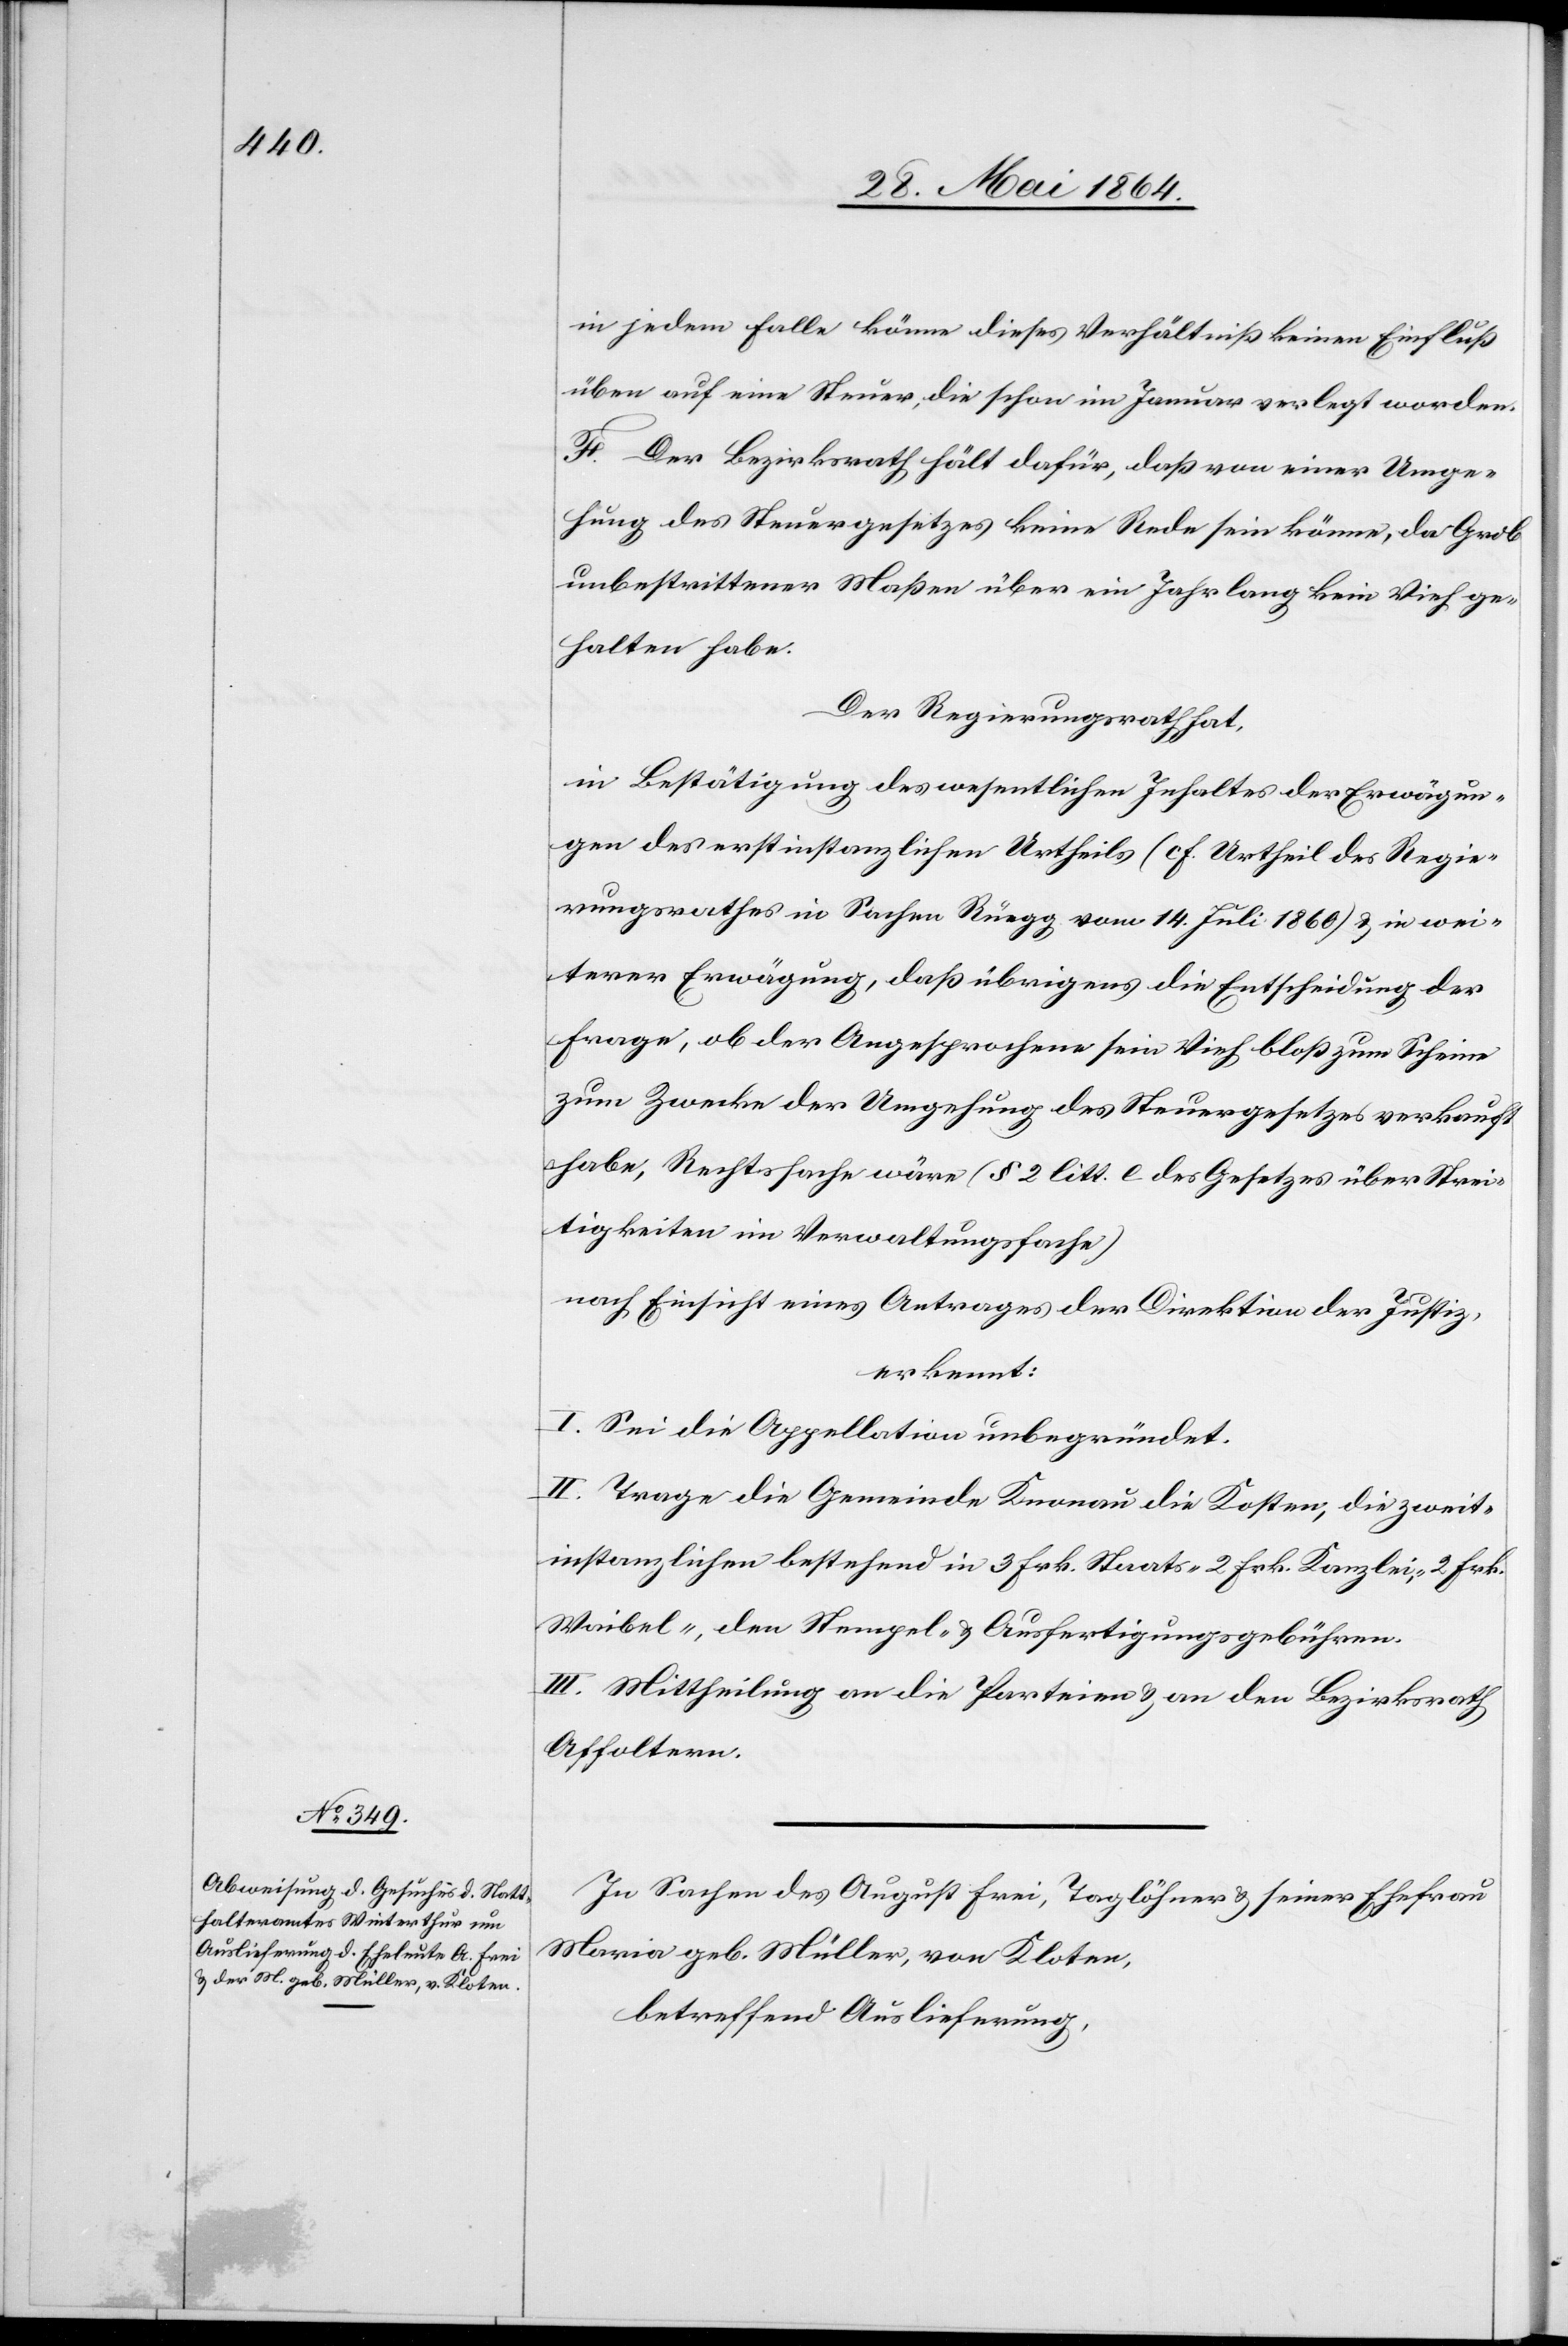
in jedem Falle könne dieses Verhältniß keinen Einfluß
üben auf eine Steuer, die schon im Januar verlegt worden.
F. Der Bezirksrath hält dafür, daß von einer Umge¬
hung des Steuergesetzes keine Rede sein könne, da Grob
unbestrittener Maßen über ein Jahr lang kein Vieh ge¬
halten habe.
Der Regierungsrath hat,
in Bestätigung des wesentlichen Inhaltes der Erwägun¬
gen des erstinstanzlichen Urtheils (cf. Urtheil des Regie¬
rungsrathes in Sachen Rüegg vom 14. Juli 1860) u. in wei¬
terer Erwägung, daß übrigens die Entscheidung der
Frage, ob der Angesprochene sein Vieh bloß zum Scheine
zum Zwecke der Umgehung des Steuergesetzes verkauft
habe, Rechtssache wäre (§ 2 litt. e des Gesetzes über Strei¬
tigkeiten im Verwaltungsfache)
nach Einsicht eines Antrages der Direktion der Justiz,
erkannt:
I. Sei die Appellation unbegründet.
II. Trage die Gemeinde Knonau die Kosten, die zweit¬
instanzlichen bestehend in 3 Frk. Staats-[,] 2 Frk. Kanzlei-, 2 Frk.
Weibel-, den Stempel- u. Ausfertigungsgebühren.
III. Mittheilung an die Parteien u. an den Bezirksrath
Affoltern.
In Sachen des August Frei, Taglöhner u. seiner Ehefrau
Maria geb. Müller, von Kloten,
betreffend Auslieferung,